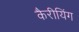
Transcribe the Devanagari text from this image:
कैरीयिंग